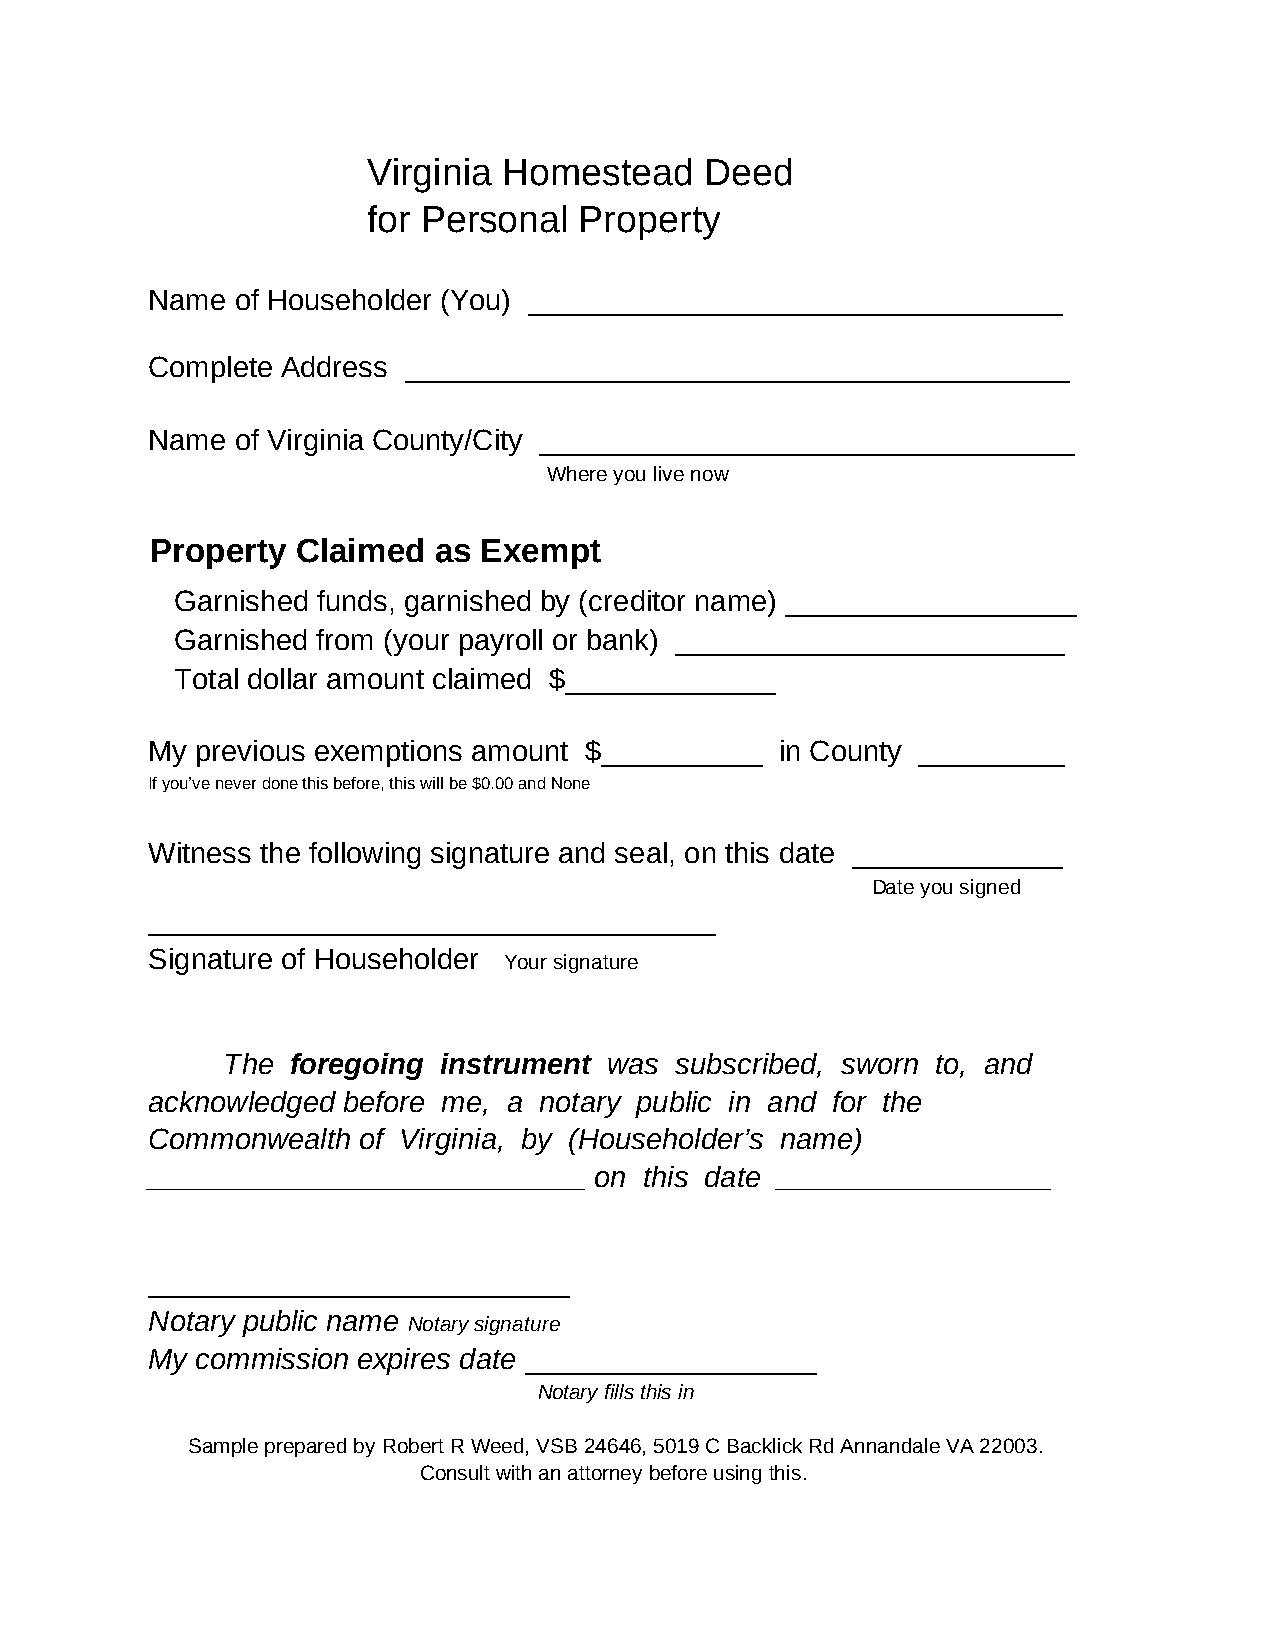
Virginia Homestead     Deed
 for Personal  Property
 Name  of Householder (You) _________________________________
 Complete Address _________________________________________
 Name  of Virginia County/City _________________________________
 Where you live now
 Property  Claimed  as Exempt
 Garnished funds, garnished by (creditor name) __________________
 Garnished from (your payroll or bank) ________________________
 Total dollar amount claimed $_____________
 My previous exemptions amount $__________ in County _________
 If you’ve never done this before, this will be $0.00 and None
 Witness the following signature and seal, on this date _____________
 Date you signed
 ___________________________________
 Signature of Householder
 Your signature
 The foregoing instrument was  subscribed, sworn to, and
 acknowledged before me, a notary public in and for the
 Commonwealth  of Virginia, by (Householder’s name)
 ___________________________  on  this date _________________
 __________________________
 Notary public name
 Notary signature
 My commission expires date __________________
 Notary fills this in
 Sample prepared by Robert R Weed, VSB 24646, 5019 C Backlick Rd Annandale VA 22003.
 Consult with an attorney before using this.